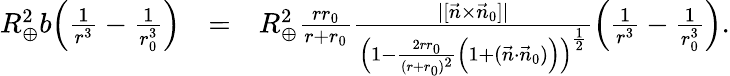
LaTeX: \begin{array}{rlr}{R_{\oplus}^{2}b\Big(\frac{1}{r^{3}}-\frac{1}{r_{0}^{3}}\Big)}&{=}&{R_{\oplus}^{2}\frac{rr_{0}}{r+r_{0}}\frac{|[\vec{n}\times\vec{n}_{0}]|}{\Big(1-\frac{2rr_{0}}{(r+r_{0})^{2}}\Big(1+(\vec{n}\cdot\vec{n}_{0})\Big)\Big)^{\frac{1}{2}}}\Big(\frac{1}{r^{3}}-\frac{1}{r_{0}^{3}}\Big).}\end{array}